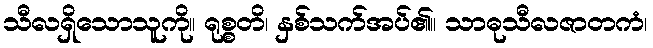
သီလရှိသောသူကို။ ရုစ္စတိ၊ နှစ်သက်အပ်၏။ သာဓုသီလဇာတကံ၊